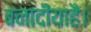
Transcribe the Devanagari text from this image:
बनादीयाहै।